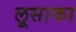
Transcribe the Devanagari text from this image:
लूसाका